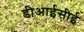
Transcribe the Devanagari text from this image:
डीआईसीई